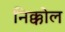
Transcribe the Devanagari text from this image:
निक्कोल